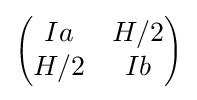
\scriptstyle {\begin{pmatrix}Ia&H/2\\H/2&Ib\end{pmatrix}}